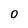
Character: 0